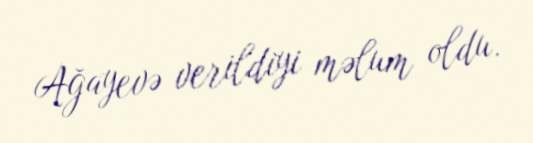
Ağayevə verildiyi məlum oldu.